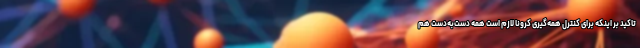
تاکید بر اینکه برای کنترل همه‌گیری کرونا لازم است همه دست‌به‌دست هم